Annual report of the Civil Veterinary Department, Bengal, for the year 1897-98 - 1897-1898
Year: 1897
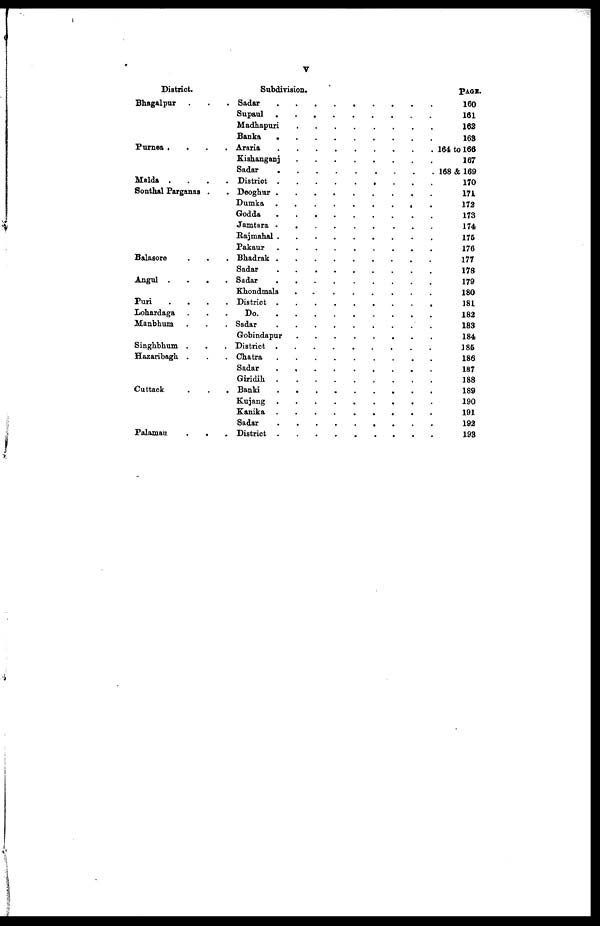
V
District.
Bhagalpur ..
Purnea . . .
Malda . . .
Sonthal Parganas .
Balasore . .
Angul .
.
.
Puri . . .
Manbhum . .
Singhbhum . .
Hazaribagh . .
Cuttack . .
Palamau
.
.
Subdivision.
Sadar . . . . . . . . . . . . .
Supaul . . . . . . . . . . . . .
Madhapuri . . . . . . . . . . . . .
Banka . . . . . . . . . . . . .
Araria . . . . . . . . . . . . .
Kishaganj . . . . . . . . . . . . .
Sadar . . . . . . . . . . . . .
District . . . . . . . . . . . . .
Deoghur . . . . . . . . . . . . .
Dumka . . . . . . . . . . . . .
Godda . . . . . . . . . . . . .
Jamtara . . . . . . . . . . . . .
Rajmahal . . . . . . . . . . . . .
Pakaur . . . . . . . . . . . . .
Bhadrak . . . . . . . . . . . . .
Sadar . . . . . . . . . . . . .
Sadar . . . . . . . . . . . . .
Khondmals . . . . . . . . . . . . .
District . . . . . . . . . . . . .
Do . . . . . . . . . . . . .
Sadar . . . . . . . . . . . . .
Gobindapur . . . . . . . . . . . . .
District . . . . . . . . . . . . .
Chatra . . . . . . . . . . . . .
Sadar . . . . . . . . . . . . .
Giridih . . . . . . . . . . . . .
Banki . . . . . . . . . . . . .
Kujang . . . . . . . . . . . . .
Kunika . . . . . . . . . . . . .
Sadar . . . . . . . . . . . . .
. . . . . . . . . . . . .
PAGE.
160
161
162
163
164 to 166
167
168 & 169
170
171
172
173
174
175
176
177
178
179
180
181
182
183
184
185
186
187
188
189
190
191
192
193